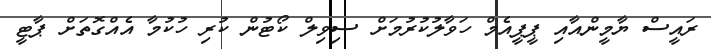
ރައީސް ޔާމީންއާއި ޕީޕީއެމް ހަވާލުކުރުމަށް ސިވިލް ކޯޓުން ކުރި ހުކުމާ އެއްގޮތަށް ޕާޓީ